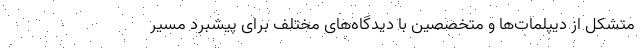
متشکل از دیپلمات‌ها و متخصصین با دیدگاه‌های مختلف برای پیشبرد مسیر